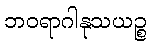
ဘဝရာဂါနုသယဉ္စ